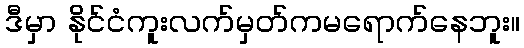
ဒီမှာ နိုင်ငံကူးလက်မှတ်ကမရောက်နေဘူး။